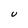
Character: U